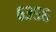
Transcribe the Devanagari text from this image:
६३५६